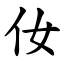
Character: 㚢